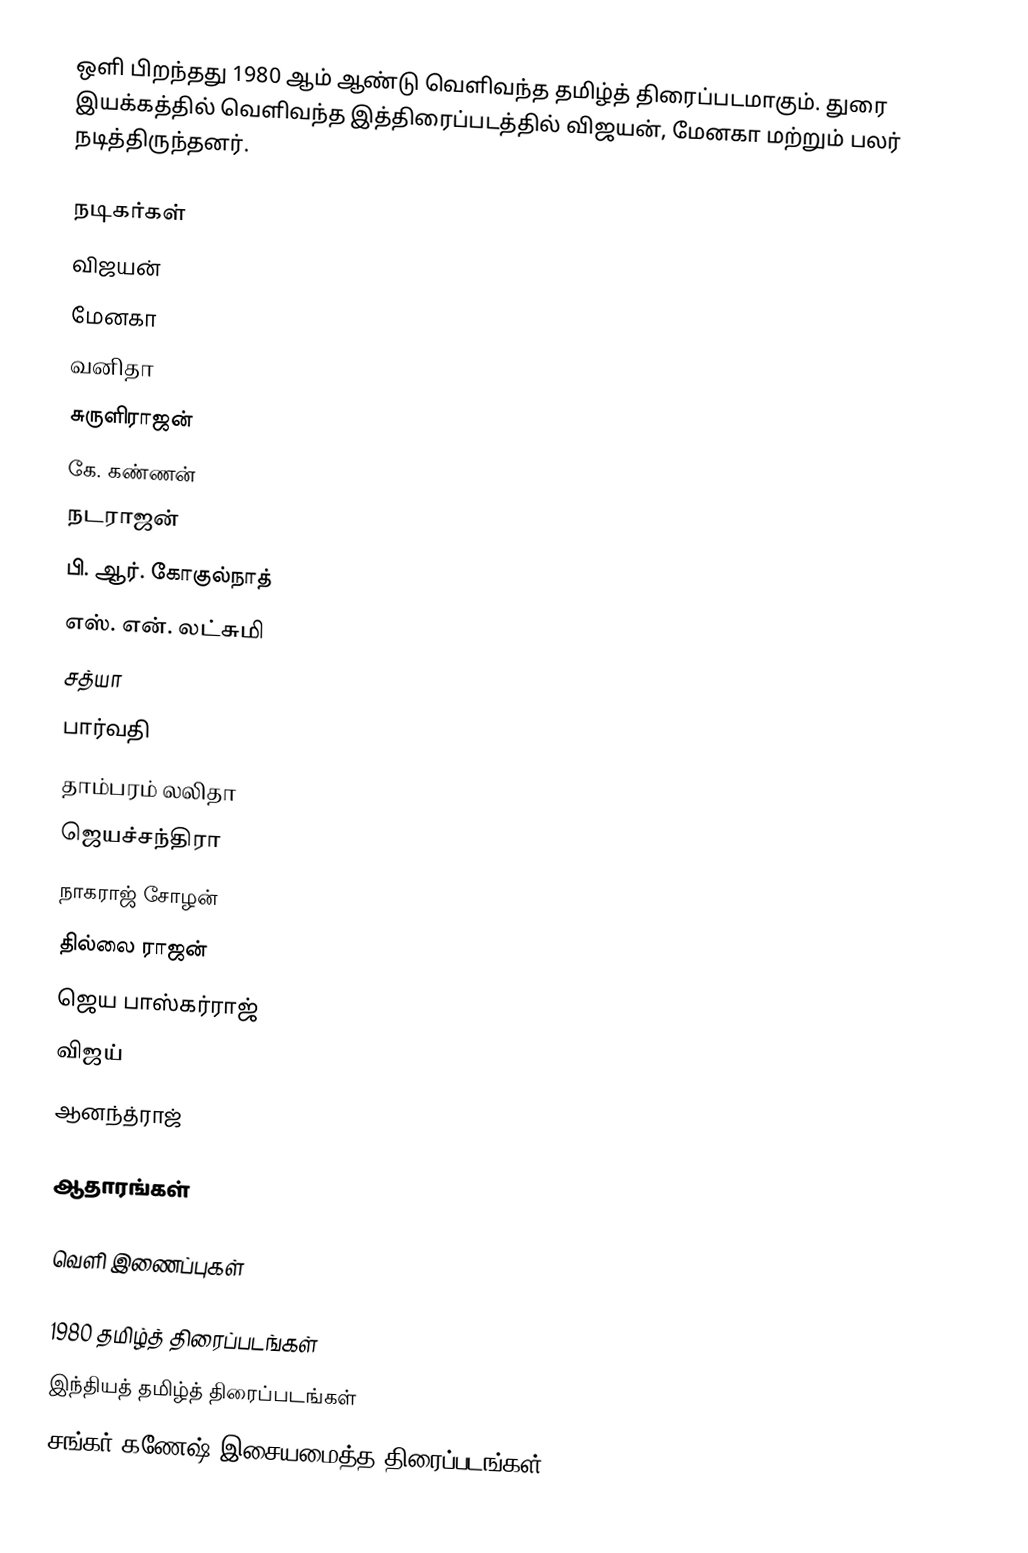
ஒளி பிறந்தது 1980 ஆம் ஆண்டு வெளிவந்த தமிழ்த் திரைப்படமாகும். துரை இயக்கத்தில் வெளிவந்த இத்திரைப்படத்தில் விஜயன், மேனகா மற்றும் பலர் நடித்திருந்தனர்.

நடிகர்கள்
 விஜயன்
 மேனகா
 வனிதா
 சுருளிராஜன்
 கே. கண்ணன்
 நடராஜன்
 பி. ஆர். கோகுல்நாத்
 எஸ். என். லட்சுமி
 சத்யா
 பார்வதி
 தாம்பரம் லலிதா
 ஜெயச்சந்திரா
 நாகராஜ் சோழன்
 தில்லை ராஜன்
 ஜெய பாஸ்கர்ராஜ்
 விஜய்
 ஆனந்த்ராஜ்

ஆதாரங்கள்

வெளி இணைப்புகள்

1980 தமிழ்த் திரைப்படங்கள்
இந்தியத் தமிழ்த் திரைப்படங்கள்
சங்கர் கணேஷ் இசையமைத்த திரைப்படங்கள்